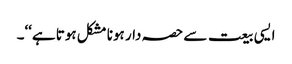
ایسی بیعت سے حصہ دار ہونا مشکل ہوتا ہے‘‘۔